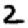
Digit: 2